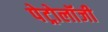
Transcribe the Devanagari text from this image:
पेट्रोलॉजी